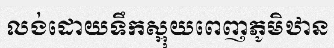
លង់ដោយទឹកស្អុយពេញភូមិឋាន